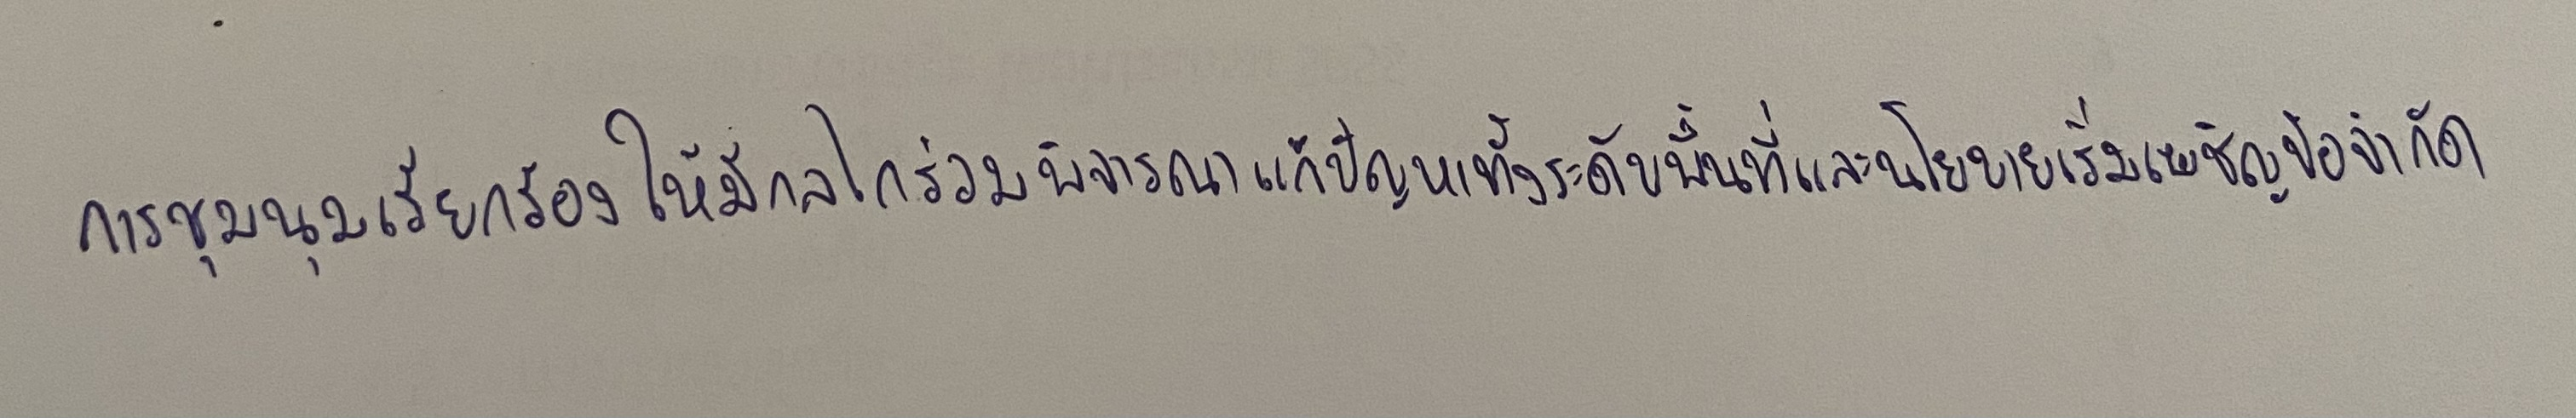
การชุมนุมเรียกร้องให้มีกลไกร่วมพิจารณาแก้ปัญหาทั้งระดับพื้นที่และนโยบายเริ่มเผชิญข้อจำกัด